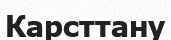
Карсттану